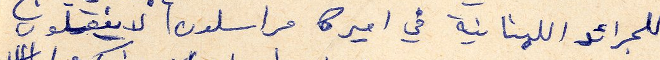
للجرائد اللبنانية في اميركا مراسلون لاينقلون